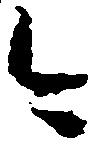
今